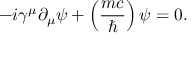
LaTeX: - i \gamma ^ { \mu } \partial _ { \mu } \psi + \left( { \frac { m c } { \hbar } } \right) \psi = 0 .